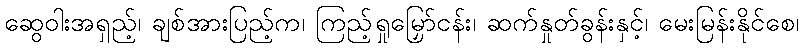
ဆွေဝါးအရှည့်၊ ချစ်အားပြည့်က၊ ကြည့်ရှုမြှော်ငန်း၊ ဆက်နှုတ်ခွန်းနှင့်၊ မေးမြန်းနိုင်စေ၊